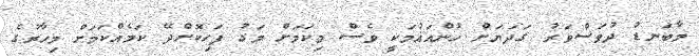
މާބަނޑު ދުވަސްވަރު ގަދަޔަށް ހުންއައުމަކީ ވެސް މިކަމަށް މަގު ފަހިކޮށްދޭ ކަމެއްކަމަށް މިހާރުގެ